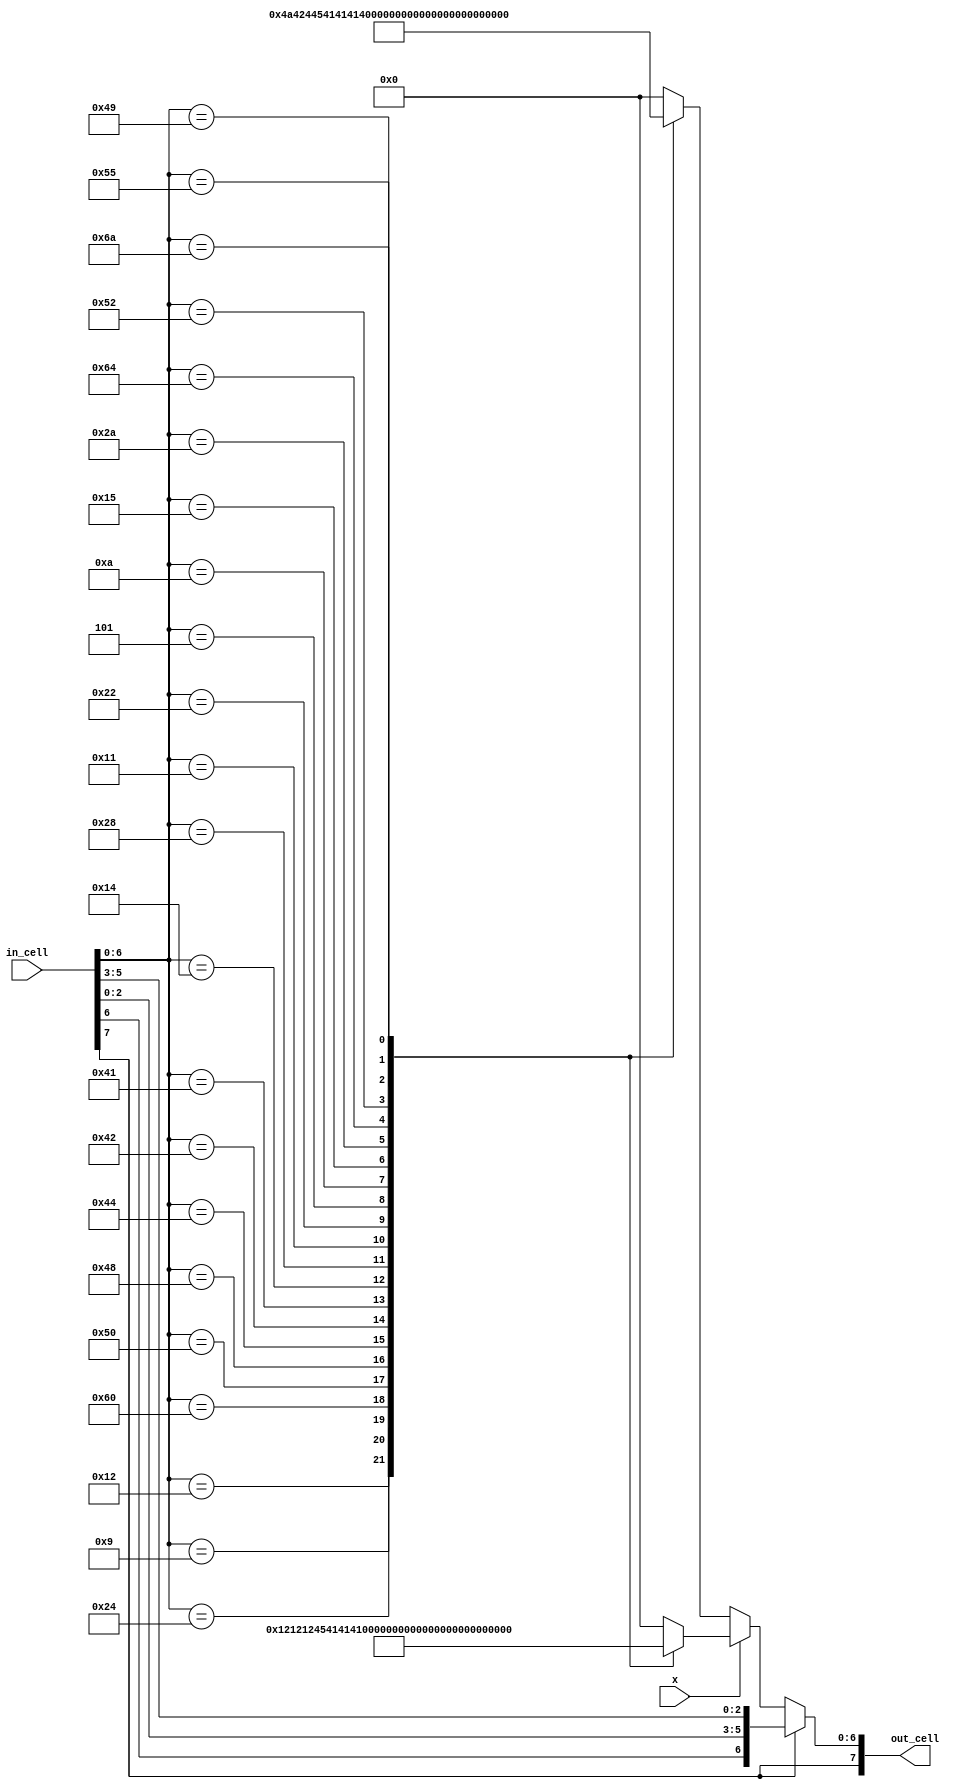
/*
 * lattice gas autmaton collision module
 */
module lcol
  (
   input 	 x,
   input   [7:0] in_cell,
   output  [7:0] out_cell
   );

   // lookup function
   function [6:0] LOOKUP;
      input 	   lookup_type;
      input  [6:0] input_cell;
      input 	   obstacle;

      begin
	 if ( obstacle )
	    LOOKUP = { input_cell[6], input_cell[2:0], input_cell[5:3] };
	 else if ( lookup_type == 1 ) begin
	    case ( input_cell )
	      7'd18:
		LOOKUP = 7'd36;
	      7'd9:
		LOOKUP = 7'd18;
	      7'd36:
		LOOKUP = 7'd9;
	      7'd96:
		LOOKUP = 7'd17;
	      7'd80:
		LOOKUP = 7'd40;
	      7'd72:
		LOOKUP = 7'd20;
	      7'd68:
		LOOKUP = 7'd10;
	      7'd66:
		LOOKUP = 7'd5;
	      7'd65:
		LOOKUP = 7'd34;
	      7'd20:
		LOOKUP = 7'd72;
	      7'd40:
		LOOKUP = 7'd80;
	      7'd17:
		LOOKUP = 7'd96;
	      7'd34:
		LOOKUP = 7'd65;
	      7'd5:
		LOOKUP = 7'd66;
	      7'd10:
		LOOKUP = 7'd68;
	      7'd21:
		LOOKUP = 7'd42;
	      7'd42:
		LOOKUP = 7'd21;
	      7'd100:
		LOOKUP = 7'd73;
	      7'd82:
		LOOKUP = 7'd100;
	      7'd73:
		LOOKUP = 7'd82;
	      7'd85:
		LOOKUP = 7'd106;
	      7'd106:
		LOOKUP = 7'd85;
	      default:
		LOOKUP = 7'd0;
	    endcase // case ( input_cell )
	 end
	 else begin
	    case ( input_cell )
	      7'd18:
		LOOKUP = 7'd9;
	      7'd9:
		LOOKUP = 7'd36;
	      7'd36:
		LOOKUP = 7'd18;
	      7'd96:
		LOOKUP = 7'd17;
	      7'd80:
		LOOKUP = 7'd40;
	      7'd72:
		LOOKUP = 7'd20;
	      7'd68:
		LOOKUP = 7'd10;
	      7'd66:
		LOOKUP = 7'd5;
	      7'd65:
		LOOKUP = 7'd34;
	      7'd20:
		LOOKUP = 7'd72;
	      7'd40:
		LOOKUP = 7'd80;
	      7'd17:
		LOOKUP = 7'd96;
	      7'd34:
		LOOKUP = 7'd65;
	      7'd5:
		LOOKUP = 7'd66;
	      7'd10:
		LOOKUP = 7'd68;
	      7'd21:
		LOOKUP = 7'd42;
	      7'd42:
		LOOKUP = 7'd21;
	      7'd100:
		LOOKUP = 7'd82;
	      7'd82:
		LOOKUP = 7'd73;
	      7'd73:
		LOOKUP = 7'd100;
	      7'd85:
		LOOKUP = 7'd106;
	      7'd106:
		LOOKUP = 7'd85;
	      default:
		LOOKUP = 7'd0;
	    endcase
	 end
      end
   endfunction

   assign out_cell = { in_cell[7], LOOKUP( x, in_cell[6:0], in_cell[7]) };

endmodule